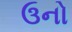
ઉનો